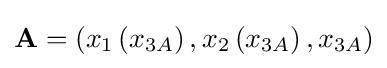
\mathbf {A} =\left(x_{1}\left(x_{3A}\right),x_{2}\left(x_{3A}\right),x_{3A}\right)